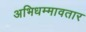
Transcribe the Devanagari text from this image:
अभिधम्मावतार